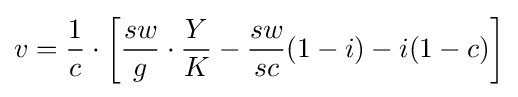
v={\frac {1}{c}}\cdot \left[{\frac {sw}{g}}\cdot {\frac {Y}{K}}-{\frac {sw}{sc}}(1-i)-i(1-c)\right]